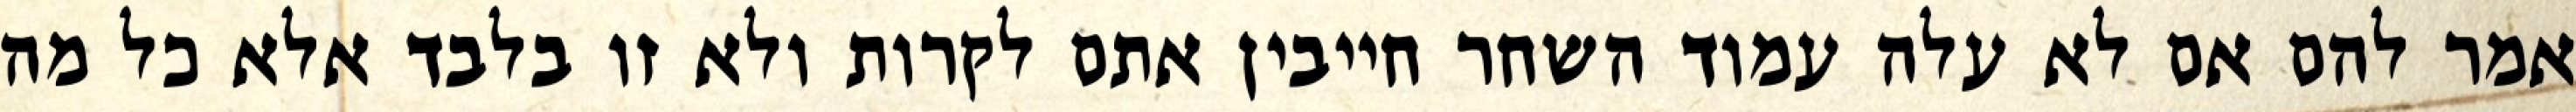
אמר להם אם לא עלה עמוד השחר חייבין אתם לקרות ולא זו בלבד אלא כל מה